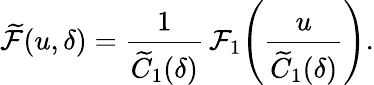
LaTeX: \widetilde{\cal F}(u,\delta)=\frac{1}{\widetilde C_{1}(\delta)}\, {\cal F}_{1}\! \left(\frac{u}{\widetilde C_{1}(\delta)}\right).